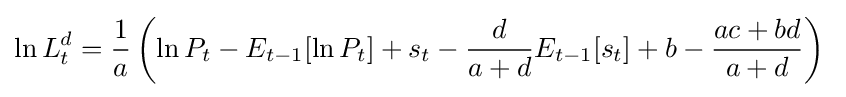
\ln {L_{t}^{d}}={\frac {1}{a}}\left(\ln {P_{t}}-E_{t-1}[\ln {P_{t}}]+s_{t}-{\frac {d}{a+d}}E_{t-1}[s_{t}]+b-{\frac {ac+bd}{a+d}}\right)\;